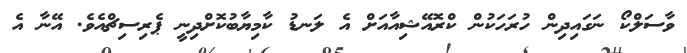
ވާސަލްކޯ ނަގައިދިން ހުރަހަކުން ކްރޮއޭޝިއާއަށް އެ ލަނޑު ކާމިޔާބުކޮށްދިނީ ޕެރިސިޗްއެވެ. އޭނާ އެ